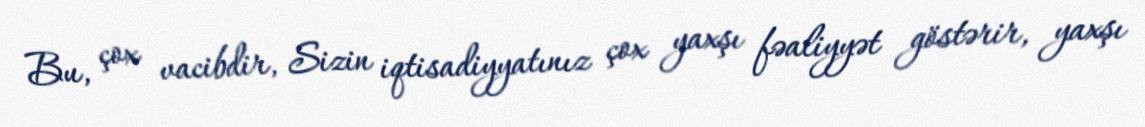
Bu, çox vacibdir, Sizin iqtisadiyyatınız çox yaxşı fəaliyyət göstərir, yaxşı